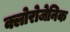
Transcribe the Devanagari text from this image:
क्लोरोजेनिक